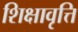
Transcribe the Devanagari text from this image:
शिक्षावृत्ति